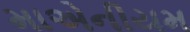
માએનીયમ